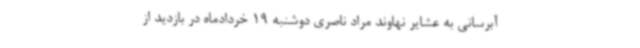
آبرسانی به عشایر نهاوند مراد ناصری دوشنبه 19 خردادماه در بازدید از